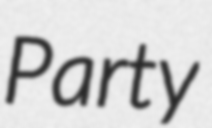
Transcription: Party